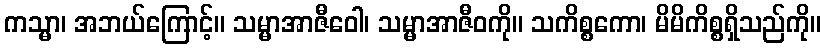
ကသ္မာ၊ အဘယ်ကြောင့်။ သမ္မာအာဇီဝေါ၊ သမ္မာအာဇီဝကို။ သကိစ္စကော၊ မိမိကိစ္စရှိသည်ကို။